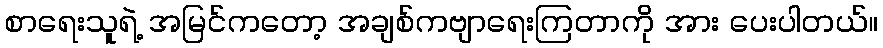
စာရေးသူရဲ့ အမြင်ကတော့ အချစ်ကဗျာရေးကြတာကို အား ပေးပါတယ်။